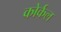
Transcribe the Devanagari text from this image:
कोर्कल